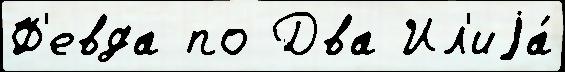
Ф'евда по Два Ил'иjа́